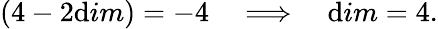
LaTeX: (4-2\mathrm{d}im)=-4\quad\Longrightarrow\quad\mathrm{d}im=4.